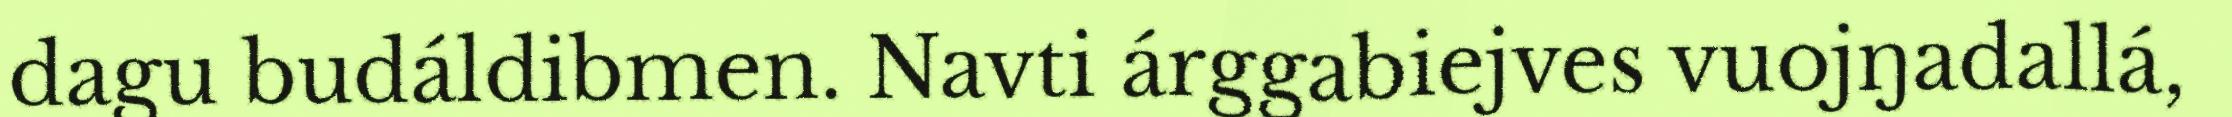
dagu budáldibmen. Navti árggabiejves vuojŋadallá,